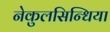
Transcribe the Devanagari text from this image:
नेकुलसिन्धिया